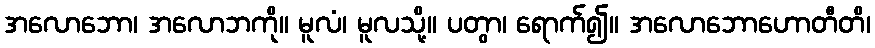
အလောဘော၊ အလောဘကို။ မူလံ၊ မူလသို့။ ပတွာ၊ ရောက်၍။ အလောဘောဟောတီတိ၊